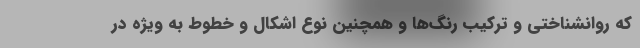
که روانشناختی و ترکیب رنگ‌ها و همچنین نوع اشکال و خطوط به ویژه در